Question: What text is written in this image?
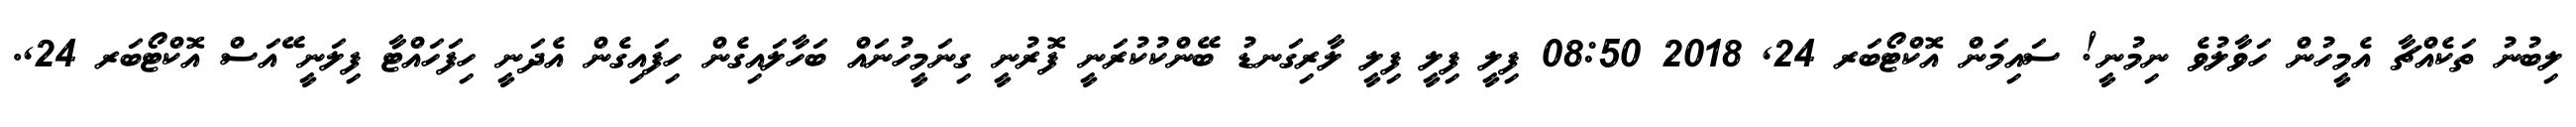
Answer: ލިބުނު ތަކެއްޗާ އެމީހުން ހަވާލުވެ ނިމުނީ! ސައިމަން އޮކްޓޯބަރ 24, 2018 08:50 ފިލީ ފިލީ ފިލީ ލާރިގަނޑު ބޭންކުކުރަނީ ފޮރުނީ ގިނަމީހުނައް ބަހާލައިގެން ހިފައިގެން އެދަނީ ހިފަހައްޓާ ފިލަނީ ޭއަސް އޮކްޓޯބަރ 24,.